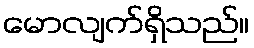
မောလျက်ရှိသည်။